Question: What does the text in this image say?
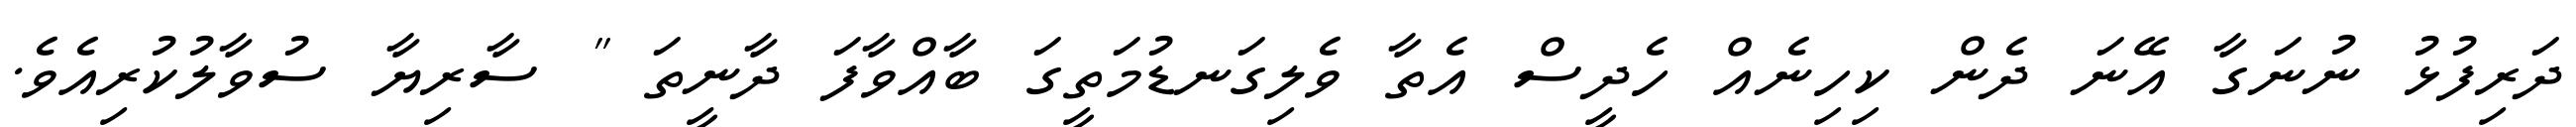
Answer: ދަރިފުޅު ނުނަގާ އޭނަ ދެން ކިހިނެއް ހެދީސް އެތާ ވެލިގަނޑުމަތީގަ ބާއްވާފަ ދާނީތަ " ސާރިޔާ ސުވާލުކުރިއެވެ.